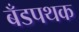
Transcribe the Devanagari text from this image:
बँडपथक